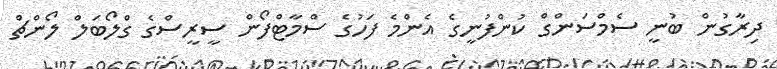
ދިރާގުން ބުނީ ސެމްސަންގް ކުންފުނީގެ އެންމެ ފަހުގެ ސްމާޓްފޯން ސީރީސްގެ ގްލޯބަލް ލޯންޗް